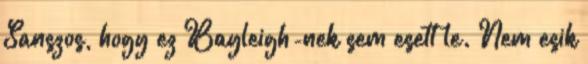
Sanszos, hogy ez Bayleigh-nek sem esett le. Nem esik